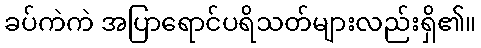
ခပ်ကဲကဲ အပြာရောင်ပရိသတ်များလည်းရှိ၏။